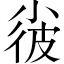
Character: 𡮌